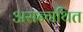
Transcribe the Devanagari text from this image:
असन्गथित